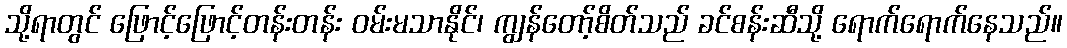
သို့ရာတွင် ဖြောင့်ဖြောင့်တန်းတန်း ဝမ်းမသာနိုင်၊ ကျွန်တော့်စိတ်သည် ခင်စန်းဆီသို့ ရောက်ရောက်နေသည်။